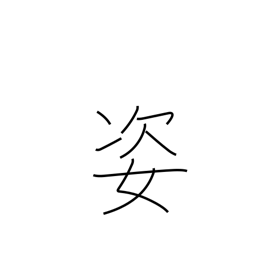
Meaning: shape